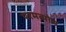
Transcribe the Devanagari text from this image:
परमव्योम